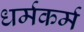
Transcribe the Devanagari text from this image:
धर्मकर्म